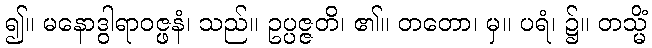
၍။ မနောဒွါရာဝဇ္ဖနံ၊ သည်။ ဥပ္ပဇ္ဇတိ၊ ၏။ တတော၊ မှ။ ပရံ၊ ၌။ တသ္မိံ